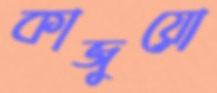
কাজুয়ো